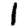
Digit: 1